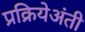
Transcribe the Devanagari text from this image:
प्रक्रियेअंती